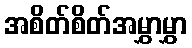
အစိတ်စိတ်အမွှာမွှာ